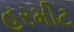
હરમીટ